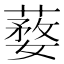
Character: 𦺒